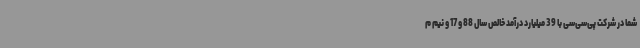
شما در شرکت پی‌سی‌سی با 39 میلیارد درآمد خالص سال 88 و 17 و نیم م